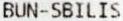
BUN-SBILIS